Lunatic asylums Central Provinces reports 1874-1885 - 1874-1885
Year: 1874
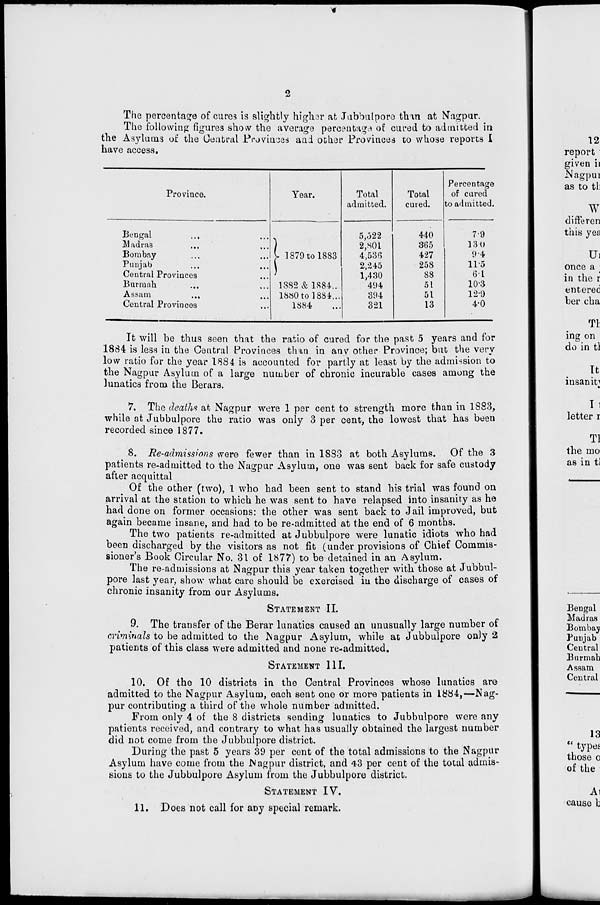
2
The percentage of cures is slightly higher at Jubbulpore than at Nagpur.
The following figures show the average percentage of cured to admitted in
the Asylums of the Central Provinces and other Provinces to whose reports I
have access.
Province.
Bengal ... ...
Madras ... ...
Bombay ... ...
Punjab ... ...
Central Provinces ...
Burmah ... ...
Assam
...
...
Central Provinces ...
Year.
1879 to 1883
1882 & 1884 ...
1880 to 1884...
1884
Total
admitted.
5,522
2,801
4,536
2,245
1,430
494
394
321
Total
cured.
440
365
427
258
88
51
51
13
Percentage
of cured
to admitted.
7.9
13.0
9.4
11.5
6.1
10.3
12.9
4.0
It will be thus seen that the ratio of cured for the past 5 years and for
1884 is less in the Central Provinces than in any other Province; but the very
low ratio for the year 1884 is accounted for partly at least by the admission to
the Nagpur Asylum of a large number of chronic incurable cases among the
lunatics from the Berars.
7. The deaths at Nagpur were 1 per cent to strength more than in 1883,
while at Jubbulpore the ratio was only 3 per cent, the lowest that has been
recorded since 1877.
8. Re-admissions were fewer than in 1883 at both Asylums. Of the 3
patients re-admitted to the Nagpur Asylum, one was sent back for safe custody
after acquittal
Of the other (two), 1 who had been sent to stand his trial was found on
arrival at the station to which he was sent to have relapsed into insanity as he
had done on former occasions: the other was sent back to Jail improved, but
again became insane, and had to be re-admitted at the end of 6 months.
The two patients re-admitted at Jubbulpore were lunatic idiots who had
been discharged by the visitors as not fit (under provisions of Chief Commis-
sioner's Book Circular No. 31 of 1877) to be detained in an Asylum.
The re-admissions at Nagpur this year taken together with those at Jubbul-
pore last year, show what care should be exercised in the discharge of cases of
chronic insanity from our Asylums.
STATEMENT II.
9. The transfer of the Berar lunatics caused an unusually large number of
criminals to be admitted to the Nagpur Asylum, while at Jubbulpore only 2
patients of this class were admitted and none re-admitted.
STATEMENT
III.
10. Of the 10 districts in the Central Provinces whose lunatics are
admitted to the Nagpur Asylum, each sent one or more patients in 1884,—Nag-
pur contributing a third of the whole number admitted.
From only 4 of the 8 districts sending lunatics to Jubbulpore were any
patients received, and contrary to what has usually obtained the largest number
did not come from the Jubbulpore district.
During the past 5 years 39 per cent of the total admissions to the Nagpur
Asylum have come from the Nagpur district, and 43 per cent of the total admis-
sions to the Jubbulpore Asylum from the Jubbulpore district.
STATEMENT IV.
11. Does not call for any special remark.